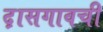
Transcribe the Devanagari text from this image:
द़ासगावची